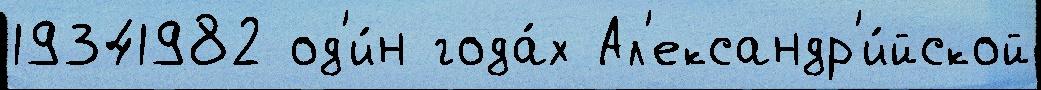
19341982 од'и́н года́х Ал'ександр'и́йской